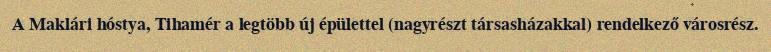
A Maklári hóstya, Tihamér a legtöbb új épülettel (nagyrészt társasházakkal) rendelkező városrész.